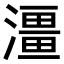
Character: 𤀌